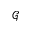
\mathcal { G }